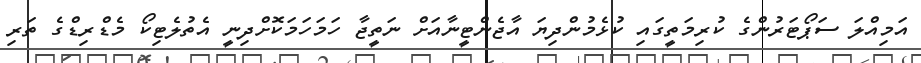
އަމިއްލަ ސަޕޯޓަރުންގެ ކުރިމަތީގައި ކުޅެމުންދިޔަ އާޖެންޓީނާއަށް ނަތީޖާ ހަމަހަމަކޮށްދިނީ އެތުލެޓިކޯ މެޑްރިޑްގެ ތަރި